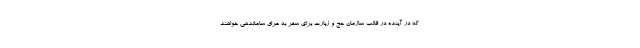
که در آینده در قالب سازمان حج و زیارت برای سفر به عراق ساماندهی خواهند